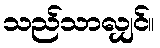
သည်သာလျှင်။